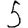
Digit: 5